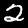
Digit: 2